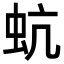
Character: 蚢